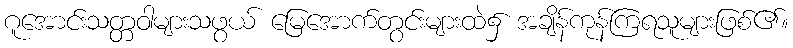
ဂူအောင်းသတ္တဝါများသဖွယ် မြေအောက်တွင်းများထဲ၌ အချိန်ကုန်ကြရသူများဖြစ်၏။